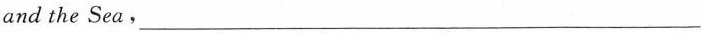
and the Sea，___